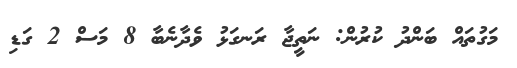
މަގުތައް ބަންދު ކުރުން: ނަތީޖާ ރަނގަޅު ވެދާނެބާ 8 މަސް 2 ގަޑި